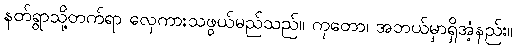
နတ်ရွာသို့တက်ရာ လှေကားသဖွယ်မည်သည်။ ကုတော၊ အဘယ်မှာရှိအံ့နည်း။